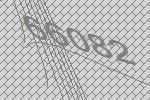
66082